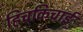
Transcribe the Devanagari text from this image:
हिचकिचाईं